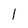
Character: l